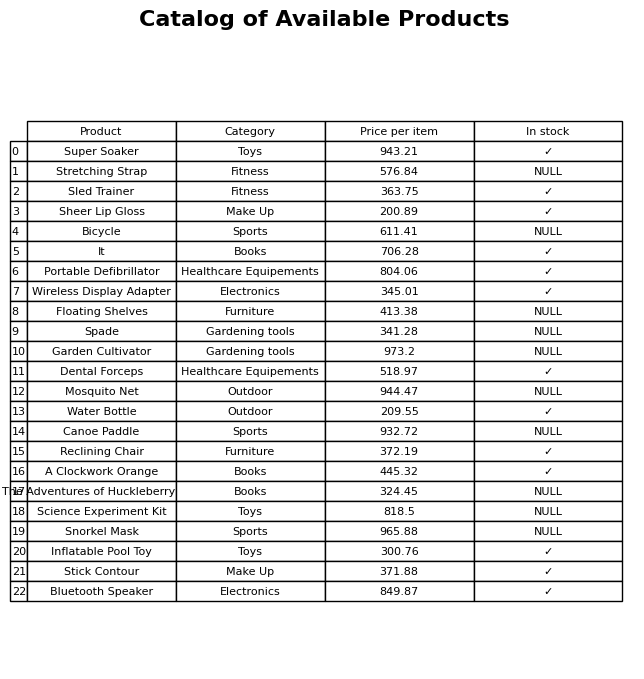
question: What is the price for Dental Forceps?
answer: The price of Dental Forceps is 518.97.